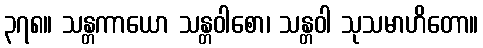
၃၇၈။ သန္တကာယော သန္တဝါစော၊ သန္တဝါ သုသမာဟိတော။